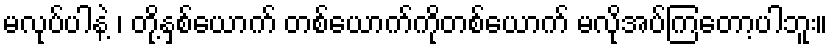
မလုပ်ပါနဲ့ ၊ တို့နှစ်ယောက် တစ်ယောက်ကိုတစ်ယောက် မလိုအပ်ကြတော့ပါဘူး။